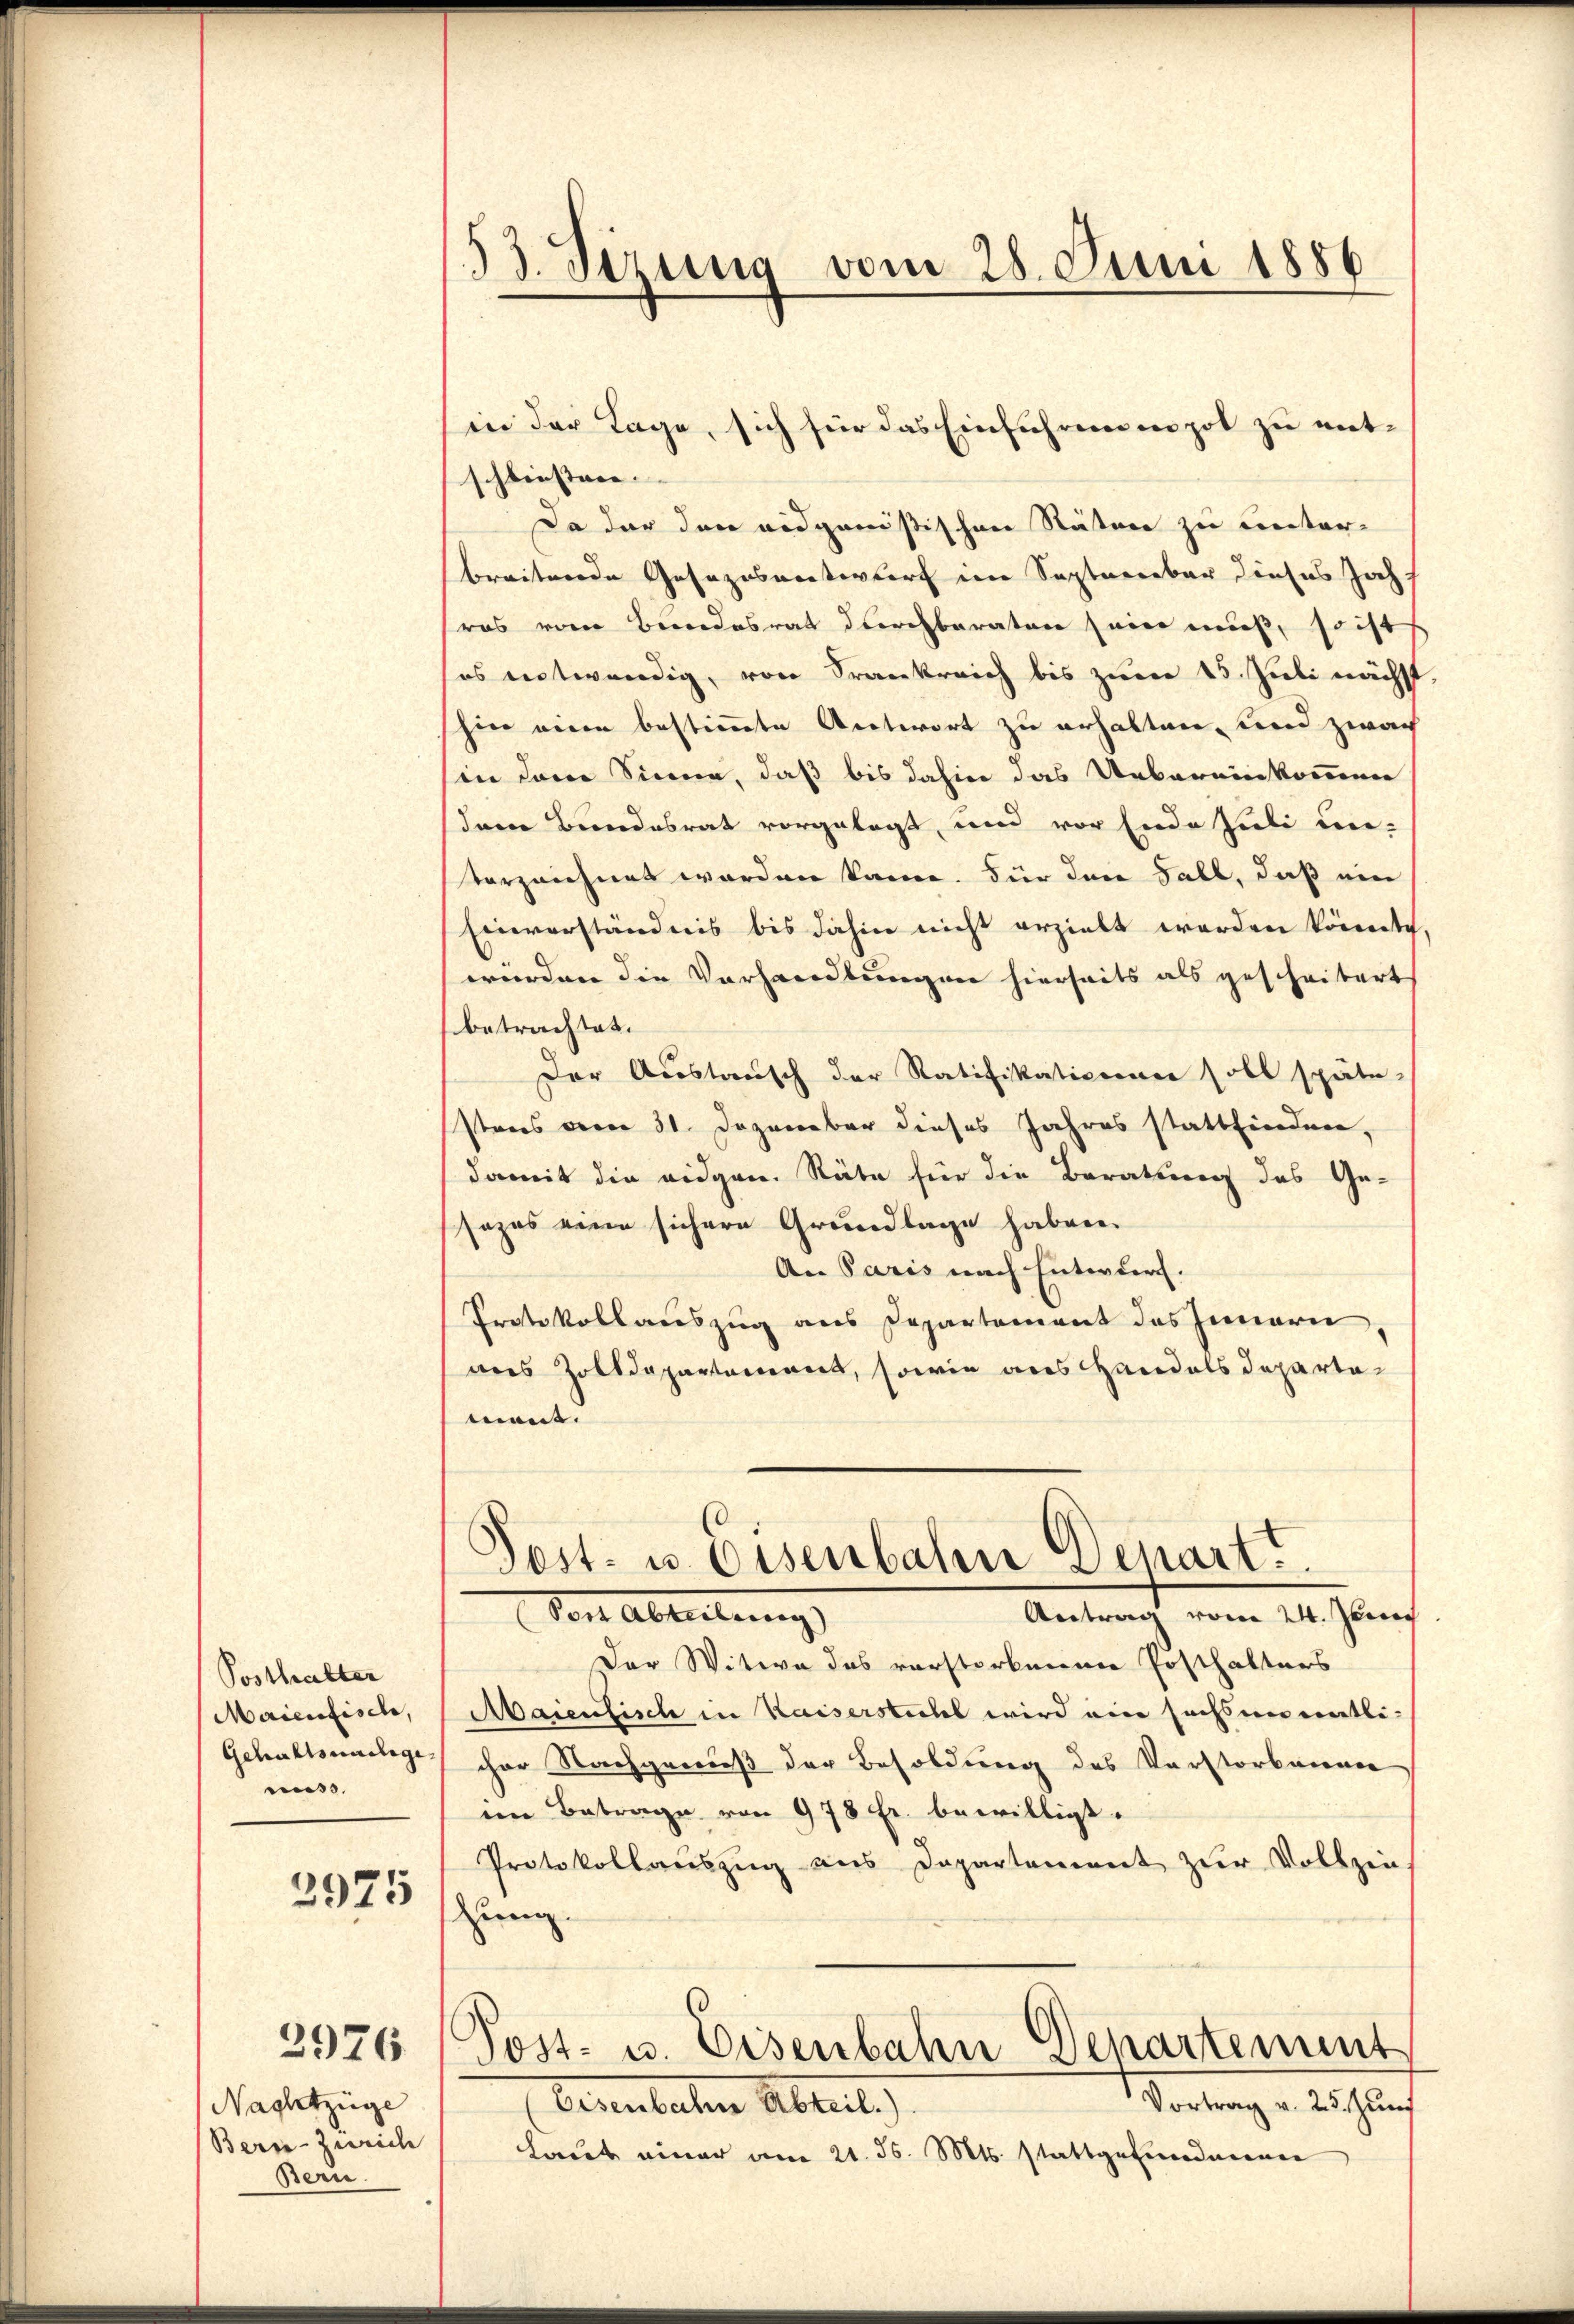
Posthalter
Maienfische,
muss.

2975

Nachtzüge
Bern-Zürich
Bern.

2976

53. Serung vom 28. Juni 1886

schliessene. |
Da der den eidgenößischen Stäten zu unter-
breitwerden Gesezesvotwurf im September dieses Joch
ros vom Beendesrat durchberaten seien muß, so ist
es entwendig, von Frankreich bis zum 15. Juli nächst
hin einen bestimmte Antwort zu erhalten, und zwach
in dem Sinne, daß bis dahin das Uebereinkommen
dem Bundesrat vorgelegt, und vor Ende Juli un-
verzeichnet worden kann. Für den Fall, daß ein
Einverständnis bis dahin nicht erzielt worden könnte
würden die Vorhandlungen hierseits als gescheitert
betrachtet.
Der Austausch der Ratifikationen soll späte
stens vom 31. Dezember dieses Jahres stattfindner,
damit die eidgen. Räte für die Beratung des Ge-
sozas eine sichere Grundlage haben.
An Paris nach Entwurf.
Protokollauszug aus Departement des Innern
mnes Zolldepartement, sowie aus Handels Departamant.
Post- u. Eisenbahn Depart.
Veit Ableitung
Antrag vom 24. Junich
Der Witwe das vorsterkenen Posthalters
Maientisch in Kaiserstiches wird eine sechsen entli¬
Gehaltseige cher Nachgewieß der Besoldung des Verstorbenen
im Betrage von 978 Fr. bewilligt.
Protokollauszug aus Departement zur Vollzin
ung.
Post- u. Eisenbahn Departement
Vortrag v. 25. Juni
Dernbachen Abteil
Laut einer am 21. d. Mts. stattgefundenen

in der Tage, sich für das Einführen in pot zu ent¬